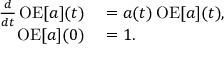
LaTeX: \begin{array} { r l } { { \frac { d } { d t } } \operatorname { O E } [ a ] ( t ) } & { { } = a ( t ) \operatorname { O E } [ a ] ( t ) , } \\ { \operatorname { O E } [ a ] ( 0 ) } & { { } = 1 . } \end{array}